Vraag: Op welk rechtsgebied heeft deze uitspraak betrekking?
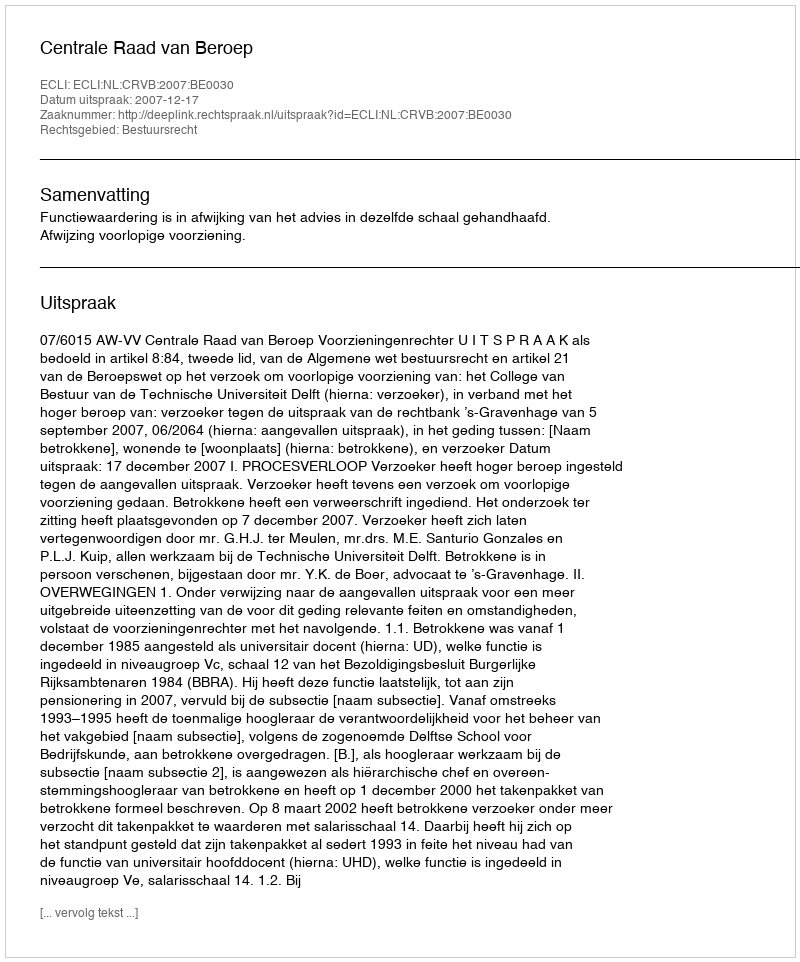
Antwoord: Bestuursrecht